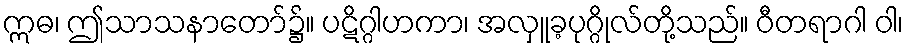
ဣဓ၊ ဤသာသနာတော်၌။ ပဋိဂ္ဂါဟကာ၊ အလှူခ့ပုဂ္ဂိုလ်တို့သည်။ ဝီတရာဂါ ဝါ၊